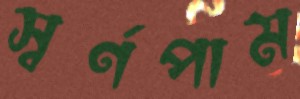
স্বর্ণপাম